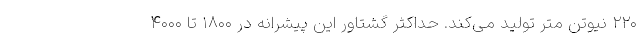
۲۲۰ نیوتن متر تولید می‌کند. حداکثر گشتاور این پیشرانه در ۱۸۰۰ تا ۴۰۰۰